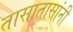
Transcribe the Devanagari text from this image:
तासातासांनी